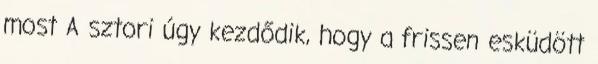
most A sztori úgy kezdődik, hogy a frissen esküdött